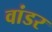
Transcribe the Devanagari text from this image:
वांडर